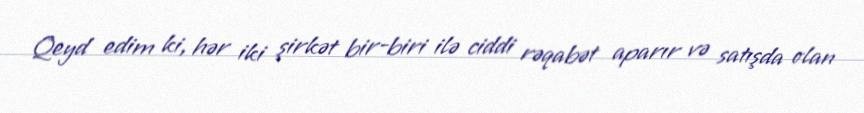
Qeyd edim ki, hər iki şirkət bir-biri ilə ciddi rəqabət aparır və satışda olan